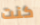
كنت